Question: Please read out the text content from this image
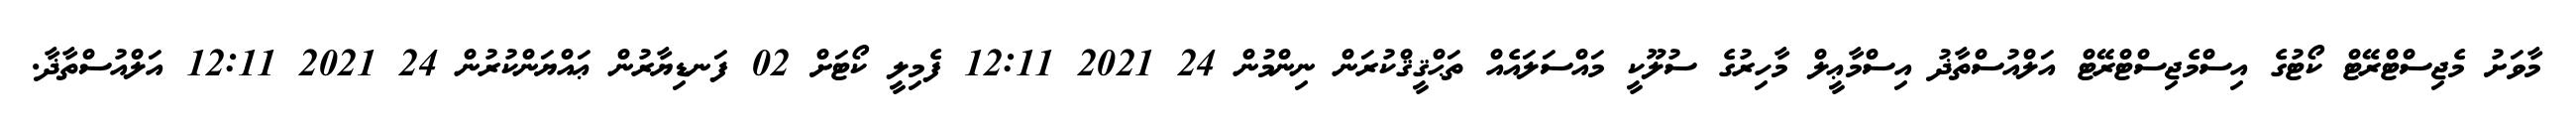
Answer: މާވަށު މެޖިސްޓްރޭޓް ކޯޓުގެ އިސްމެޖިސްޓްރޭޓް އަލްއުސްތާޛު އިސްމާޢީލް މާހިރުގެ ސުލޫކީ މައްސަލައެއް ތަޙްޤީޤްކުރަން ނިންމުން 24 2021 12:11 ފެމިލީ ކޯޓަށް 02 ފަނޑިޔާރުން ޢައްޔަންކުރުން 24 2021 12:11 އަލްއުސްތާޛާ.